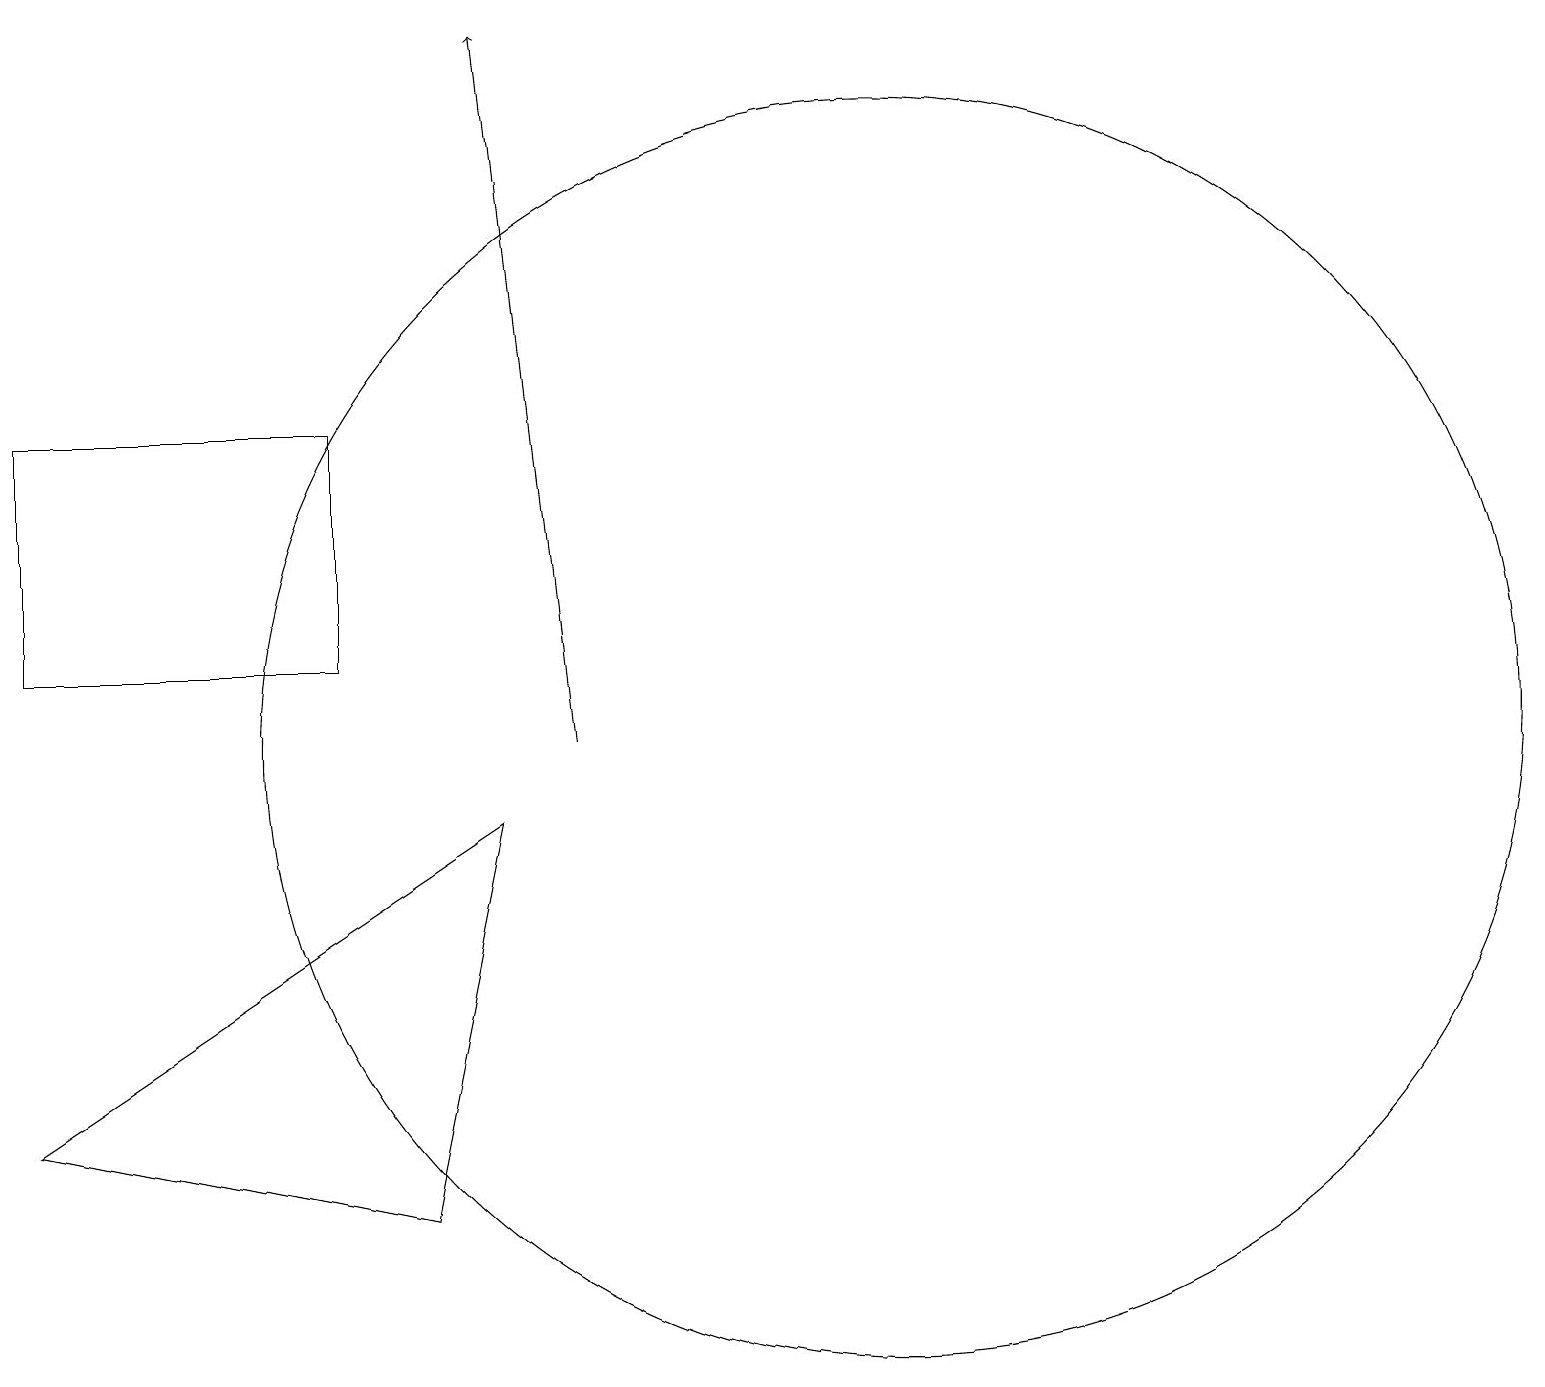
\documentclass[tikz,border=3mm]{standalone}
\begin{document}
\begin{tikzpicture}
\draw (12,10) circle (8);
\draw (7,9) -- (6,4) -- (1,5) -- cycle;
\draw (1,11) rectangle (5,14);
\draw[->] (8,10) -- (7,19);
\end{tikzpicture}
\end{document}